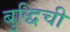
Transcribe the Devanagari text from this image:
बुद्धिची